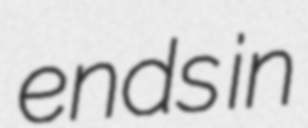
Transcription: ends in